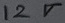
Text: 12V